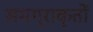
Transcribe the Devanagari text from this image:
समग्राकृतों